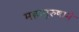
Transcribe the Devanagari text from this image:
महापुरुषाने